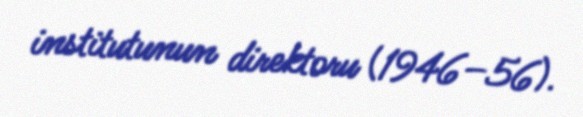
institutunun direktoru (1946–56).